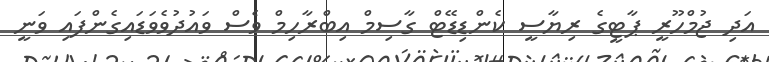
އަދި ޖުމްހޫރީ ޕާޓީގެ ރިޔާސީ ކެންޑިޑޭޓް ގާސިމް އިބްރާހިމް ވެސް ވައުދުވެވަޑައިގެންފައި ވަނީ